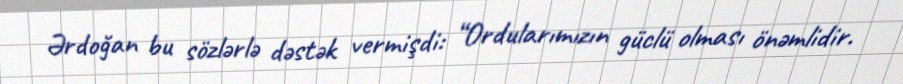
Ərdoğan bu sözlərlə dəstək vermişdi: “Ordularımızın güclü olması önəmlidir.